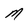
Character: M